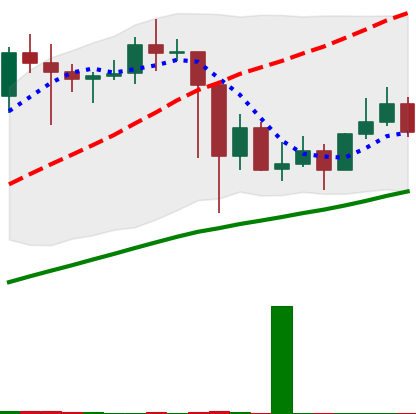
Ticker: LINK-USD
Chart end date: 2021-03-04
Forward return: 13.639%
Label: up_7plus